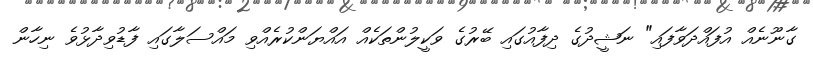
ގާނޫނެއް އުފައްދަވާފައި" ނަޝީދުގެ ދިފާއުގައި ބޭރުގެ ވަކީލުންތަކެއް އައްޔަންކުރެއްވި މައްސަލާގައި ފާޑުވިދާޅުވެ ނިހާން